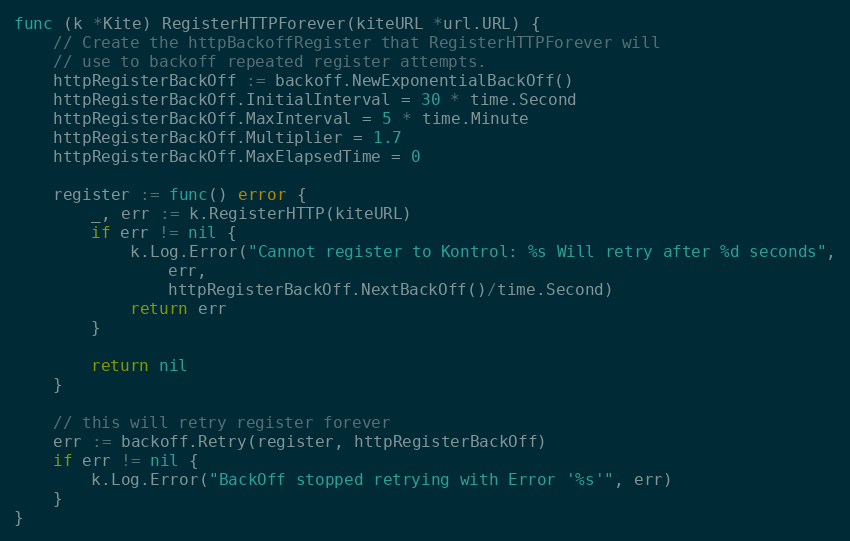
Language: Go
func (k *Kite) RegisterHTTPForever(kiteURL *url.URL) {
	// Create the httpBackoffRegister that RegisterHTTPForever will
	// use to backoff repeated register attempts.
	httpRegisterBackOff := backoff.NewExponentialBackOff()
	httpRegisterBackOff.InitialInterval = 30 * time.Second
	httpRegisterBackOff.MaxInterval = 5 * time.Minute
	httpRegisterBackOff.Multiplier = 1.7
	httpRegisterBackOff.MaxElapsedTime = 0

	register := func() error {
		_, err := k.RegisterHTTP(kiteURL)
		if err != nil {
			k.Log.Error("Cannot register to Kontrol: %s Will retry after %d seconds",
				err,
				httpRegisterBackOff.NextBackOff()/time.Second)
			return err
		}

		return nil
	}

	// this will retry register forever
	err := backoff.Retry(register, httpRegisterBackOff)
	if err != nil {
		k.Log.Error("BackOff stopped retrying with Error '%s'", err)
	}
}